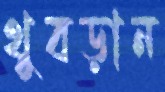
থুবড়ান